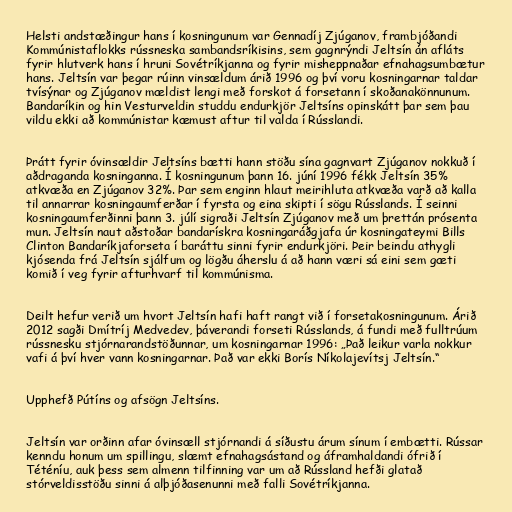
Helsti andstæðingur hans í kosningunum var Gennadíj Zjúganov, frambjóðandi
Kommúnistaflokks rússneska sambandsríkisins, sem gagnrýndi Jeltsín án afláts
fyrir hlutverk hans í hruni Sovétríkjanna og fyrir misheppnaðar efnahagsumbætur
hans. Jeltsín var þegar rúinn vinsældum árið 1996 og því voru kosningarnar taldar
tvísýnar og Zjúganov mældist lengi með forskot á forsetann í skoðanakönnunum.
Bandaríkin og hin Vesturveldin studdu endurkjör Jeltsíns opinskátt þar sem þau
vildu ekki að kommúnistar kæmust aftur til valda í Rússlandi.

Þrátt fyrir óvinsældir Jeltsíns bætti hann stöðu sína gagnvart Zjúganov nokkuð í
aðdraganda kosninganna. Í kosningunum þann 16. júní 1996 fékk Jeltsín 35%
atkvæða en Zjúganov 32%. Þar sem enginn hlaut meirihluta atkvæða varð að kalla
til annarrar kosningaumferðar í fyrsta og eina skipti í sögu Rússlands. Í seinni
kosningaumferðinni þann 3. júlí sigraði Jeltsín Zjúganov með um þrettán prósenta
mun. Jeltsín naut aðstoðar bandarískra kosningaráðgjafa úr kosningateymi Bills
Clinton Bandaríkjaforseta í baráttu sinni fyrir endurkjöri. Þeir beindu athygli
kjósenda frá Jeltsín sjálfum og lögðu áherslu á að hann væri sá eini sem gæti
komið í veg fyrir afturhvarf til kommúnisma.

Deilt hefur verið um hvort Jeltsín hafi haft rangt við í forsetakosningunum. Árið
2012 sagði Dmítríj Medvedev, þáverandi forseti Rússlands, á fundi með fulltrúum
rússnesku stjórnarandstöðunnar, um kosningarnar 1996: „Það leikur varla nokkur
vafi á því hver vann kosningarnar. Það var ekki Borís Níkolajevítsj Jeltsín.“

Upphefð Pútíns og afsögn Jeltsíns.

Jeltsín var orðinn afar óvinsæll stjórnandi á síðustu árum sínum í embætti. Rússar
kenndu honum um spillingu, slæmt efnahagsástand og áframhaldandi ófrið í
Téténíu, auk þess sem almenn tilfinning var um að Rússland hefði glatað
stórveldisstöðu sinni á alþjóðasenunni með falli Sovétríkjanna.